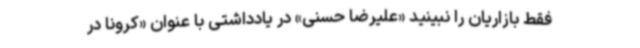
فقط بازاریان را نبینید «علیرضا حسنی» در یادداشتی با عنوان «کرونا در